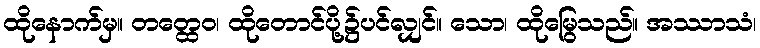
ထိုနောက်မှ။ တတ္ထေဝ၊ ထိုတောင်ပို့၌ပင်လျှင်။ သော၊ ထိုမြွေသည်။ အဿာသံ၊